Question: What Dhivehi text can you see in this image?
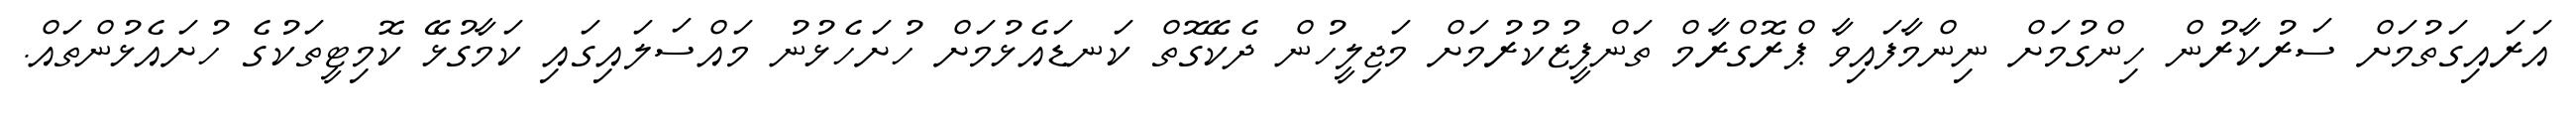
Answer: އަރައިގަތުމަށް ސަރުކާރުން ހިންގުމަށް ނިންމާފައިވާ ޕްރޮގްރާމް ތަންފީޒުކުރުމަށް މަޖިލީހުން ދެކޭގޮތް ކަނޑައެޅުމަށް ހުށަހެޅުނު މައްސަލައިގައި ކަމާގުޅޭ ކޮމިޓީތަކުގެ ހުށައެޅުންތައް.